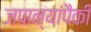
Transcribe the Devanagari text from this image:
जपान्यांपैकी